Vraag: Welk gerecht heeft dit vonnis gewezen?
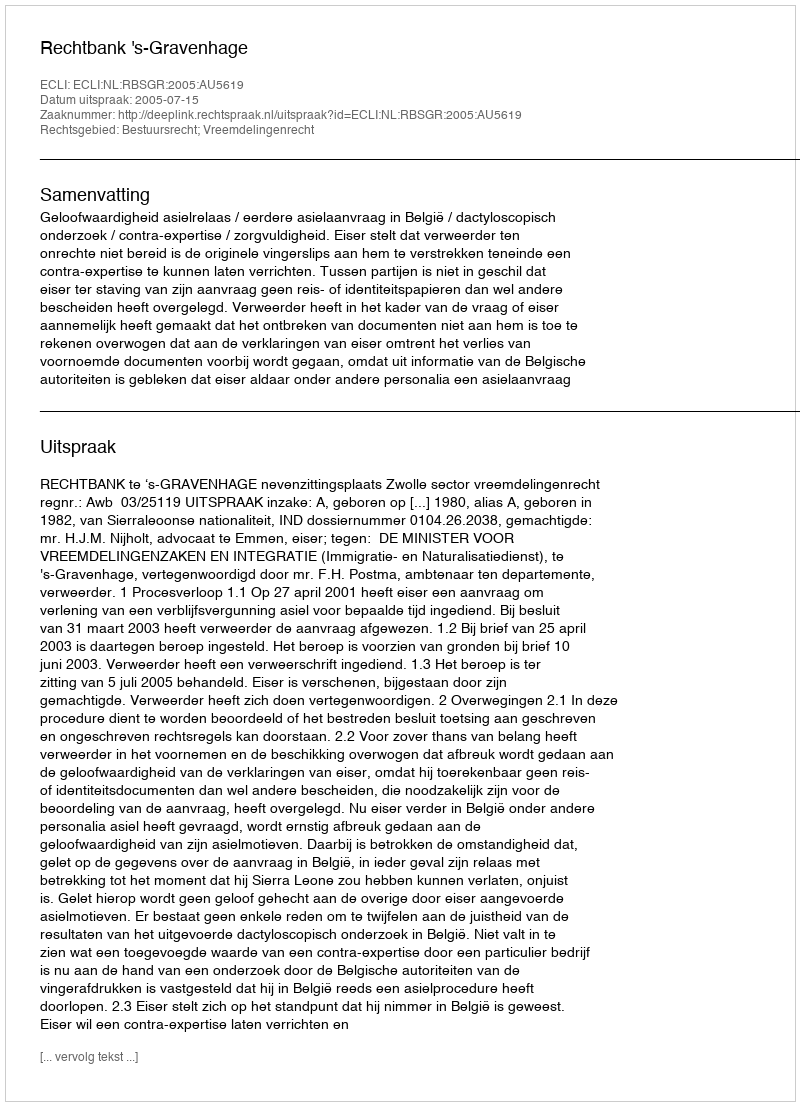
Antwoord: Rechtbank 's-Gravenhage